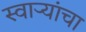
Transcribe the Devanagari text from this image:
स्वाऱ्यांचा